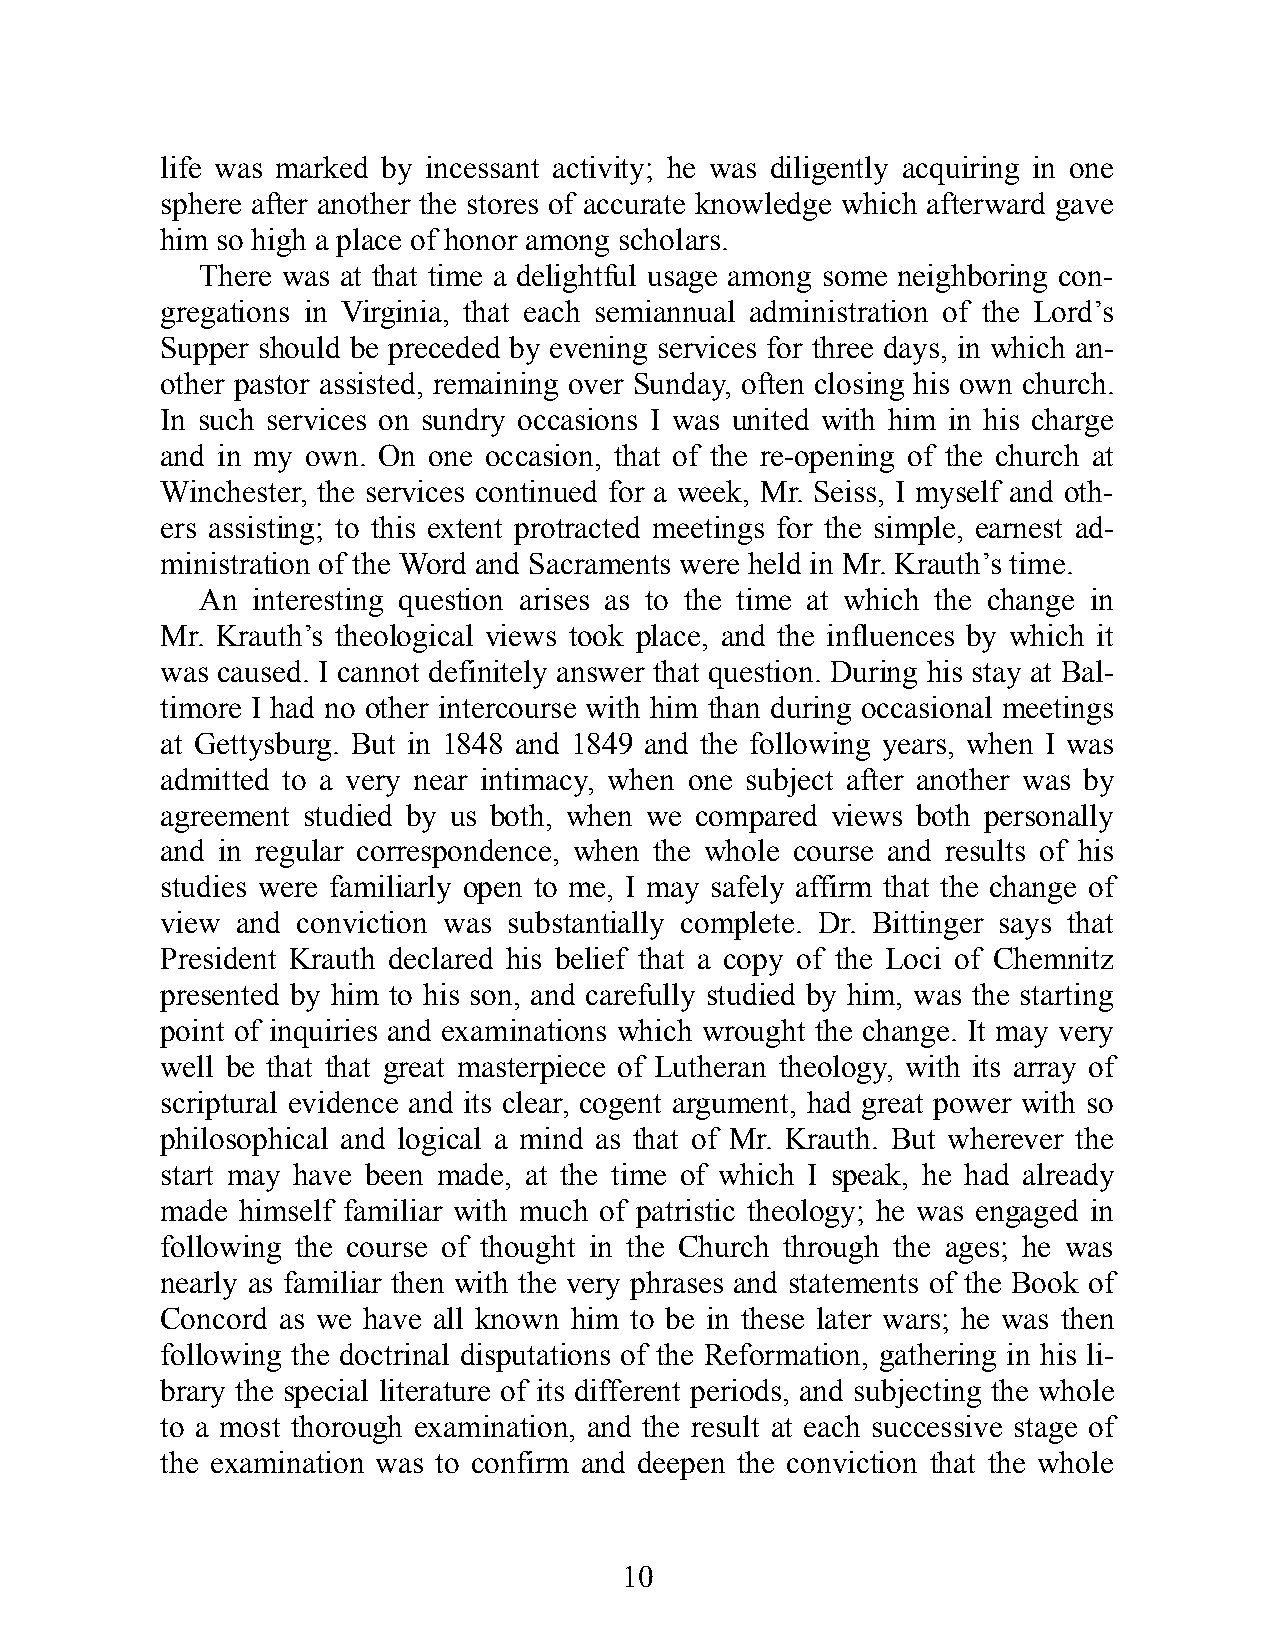
life was marked by inc ess ant act ivi ty; he was dili gently acq uir ing in one
 sphere af ter ano ther the stores of acc ur ate knowl edge which af ter ward gave
 him so high a place of honor among schola rs.
 There was at that time a del ight ful usa ge among some neigh bori ng con-
 greg at ions in Virg inia, that each semi ann ual adm ini s tra tion of the Lord’s
 Sup per should be prec eded by evening ser vices for three days, in which an-
 other past or as sisted, re maini ng over Sun day, of ten clos ing his own church.
 In such ser vices on sundry occ as ions I was united with him in his charge
 and in my own. On one occ as ion, that of the re-open ing of the church at
 Winc hest er, the ser vices cont inu ed for a week, Mr. Seiss, I my self and oth-
 ers as sisti ng; to this ext ent prot racted meet ings for the simp le, earnest ad-
 mini s tra tion of the Word and Sacra ments were held in Mr. Krauth’s time.
 An  int er est ing quest ion arises as to the time at which the change in
 Mr. Krauth’s the o log ic al views took place, and the inf lu ences by which it
 was caused. I cann ot defi n itely ans wer that quest ion. Dur ing his stay at Bal-
 ti more I had no other int er course with him than duri ng occ as ional meet ings
 at Gett ysb urg. But in 1848 and 1849 and the fol low ing years, when I was
 adm it ted to a very near int i macy, when one subj ect af ter ano ther was by
 agree ment stud ied by us both, when we com pared views both pers ona lly
 and in regu lar cor re spond ence, when the whole course and re sults of his
 stud ies were fa mil iarly open to me, I may safely aff irm that the change of
 view and conv ic tion was subs tan tially com plete. Dr. Bit tinger says that
 Presi d ent Krauth dec lared his bel ief that a copy of the Loci of Chem nitz
 pres ented by him to his son, and care fully stud ied by him, was the start ing
 point of inq uiries and exa m in at ions which wrought the change. It may very
 well be that that great mas ter piece of Lutheran the olo gy, with its ar ray of
 script ural evi d ence and its clear, cog ent arg u ment, had great power with so
 philos ophi c al and log ic al a mind as that of Mr. Krauth. But where ver the
 start may have been made, at the time of which I speak, he had al ready
 made hims elf fa mil iar with much of pat ris tic the olo gy; he was eng aged in
 fol low ing the course of thought in the Church through the ages; he was
 nearly as fa mil iar then with the very phrases and state ments of the Book of
 Con cord as we have all known him to be in these later wars; he was then
 fol low ing the doct ri nal dis pu ta tions of the Refo r ma tion, gath er ing in his li-
 brary the spec ial lit er at ure of its diff er ent per i ods, and subj ect ing the whole
 to a most thor ough exa m in at ion, and the re sult at each succ ess ive stage of
 the ex am in at ion was to conf irm and deepen the conv ic tion that the whole
 10